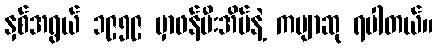
နှစ်အရွယ် ၁၉၅၉ မှာဖန်မီးအိမ်နဲ့ ကဗျာဆု ရပါတယ်။